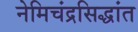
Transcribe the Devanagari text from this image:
नेमिचंद्रसिद्धांत